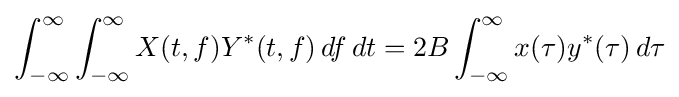
\int _{-\infty }^{\infty }\int _{-\infty }^{\infty }X(t,f)Y^{*}(t,f)\,df\,dt=2B\int _{-\infty }^{\infty }x(\tau )y^{*}(\tau )\,d\tau